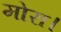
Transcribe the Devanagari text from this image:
मोरा।